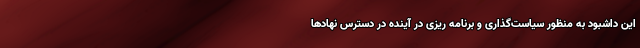
این داشبود به منظور سیاست‌گذاری و برنامه ریزی در آینده در دسترس نهادها